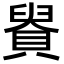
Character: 䝿